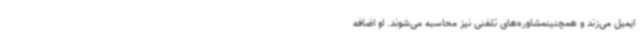
ایمیل می‌زند و همچنینمشاوره‌های تلفنی نیز محاسبه می‌شوند. او اضافه